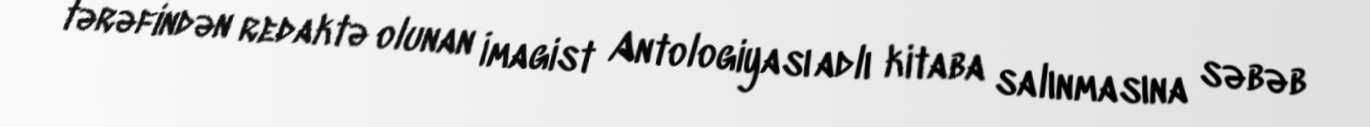
tərəfindən redaktə olunan İmagist Antologiyası adlı kitaba salınmasına səbəb